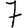
Digit: 7